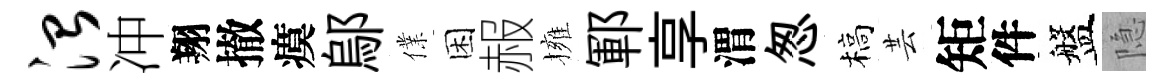
治冲翔撤瘼鄔㒒困赧擁鄆享渭怱槁芸矩件盤隐